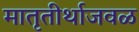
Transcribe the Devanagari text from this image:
मातृतीर्थाजवळ